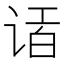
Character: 𲂎